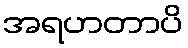
အရဟတာပိ